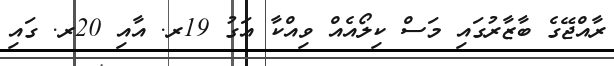
ރާއްޖޭގެ ބާޒާރުގައި މަސް ކިލޯއެއް ވިއްކާ އަގު 19ރ. އާއި 20ރ. ގައި